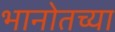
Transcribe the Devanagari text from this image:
भानोतच्या